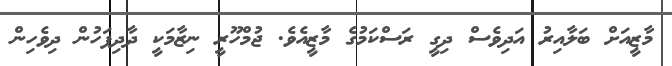
މާޒީއަށް ބަލާއިރު އަދިވެސް ދިގީ ރަސްކަމުގެ މާޒީއެވެ. ޖުމްހޫރީ ނިޒާމަކީ ދާދިފަހުން ދިވެހިން